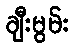
ချီးမွမ်း